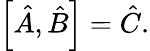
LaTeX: \left[{\hat{A}},{\hat{B}}\right]={\hat{C}}.